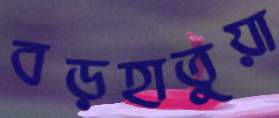
বড়হাতুয়া